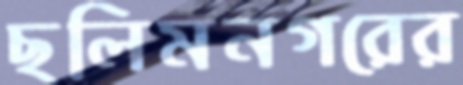
ছলিমনগরের